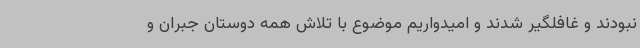
نبودند و غافلگیر شدند و امیدواریم موضوع با تلاش همه دوستان جبران و